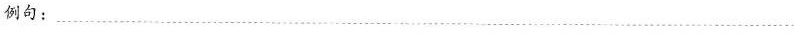
例句：___